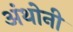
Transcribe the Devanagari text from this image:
अंथोनी